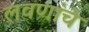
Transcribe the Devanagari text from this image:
लवणांचे